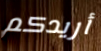
أريدكم